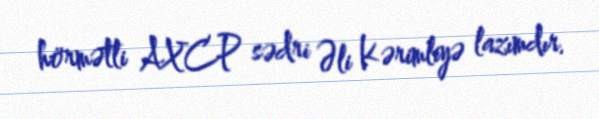
hörmətli AXCP sədri Əli Kərimliyə lazımdır.